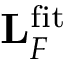
\mathbf { L } _ { F } ^ { \mathrm { f i t } }